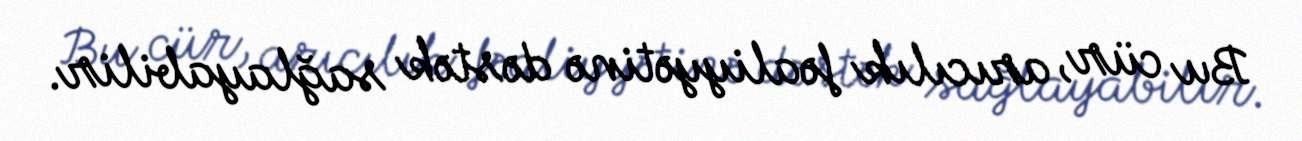
Bu cür, arıcılık fəaliyyətinə dəstək sağlayabilir.